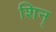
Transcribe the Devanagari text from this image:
शिन्‌